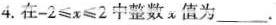
4.在-2 ≤ x ≤2中整数值为____.